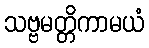
သဗ္ဗမတ္တိကာမယံ